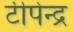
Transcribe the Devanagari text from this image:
टीपेन्द्र